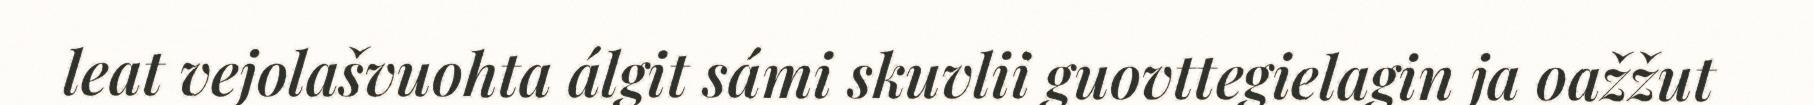
leat vejolašvuohta álgit sámi skuvlii guovttegielagin ja oažžut